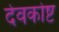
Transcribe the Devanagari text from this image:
देवकोष्ट